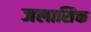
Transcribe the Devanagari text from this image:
जलासिक्त